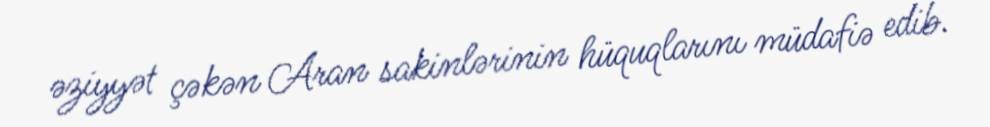
əziyyət çəkən Aran sakinlərinin hüquqlarını müdafiə edib.